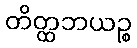
တိတ္ထဘယဉ္စ